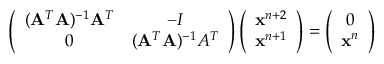
\left( \begin{array} { c c } { ( \mathbf { A } ^ { T } \mathbf { A } ) ^ { - 1 } \mathbf { A } ^ { T } } & { - I } \\ { 0 } & { ( \mathbf { A } ^ { T } \mathbf { A } ) ^ { - 1 } A ^ { T } } \end{array} \right) \left( \begin{array} { c } { \mathbf { x } ^ { n + 2 } } \\ { \mathbf { x } ^ { n + 1 } } \end{array} \right) = \left( \begin{array} { c } { 0 } \\ { \mathbf { x } ^ { n } } \end{array} \right)